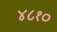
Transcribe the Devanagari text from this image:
४८१०